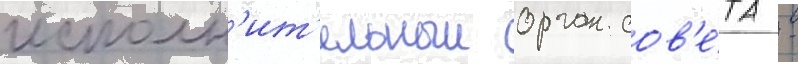
исполн'ит'ельныи орган сов'е́та -